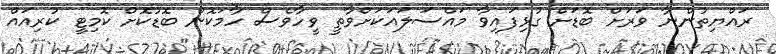
ރައްޔިތުންނާ ވަރަށް ބޮޑަށް ގުޅިފައިވާ މައްސަލައަކަށްވާތީ ވީހާވެސް ހާމަކޮން ބޮޑުކޮށް ކޮމިޓީ ކުރިއައް